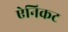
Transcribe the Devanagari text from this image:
ऐनिकट